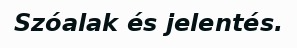
Szóalak és jelentés.